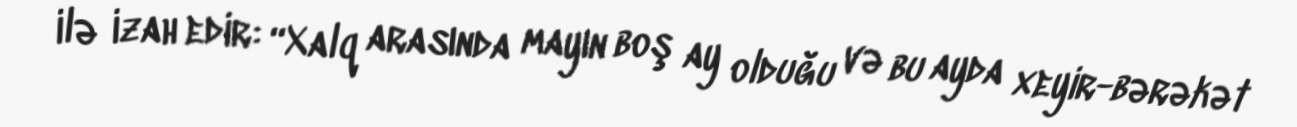
ilə izah edir: “Xalq arasında mayın boş ay olduğu və bu ayda xeyir-bərəkət